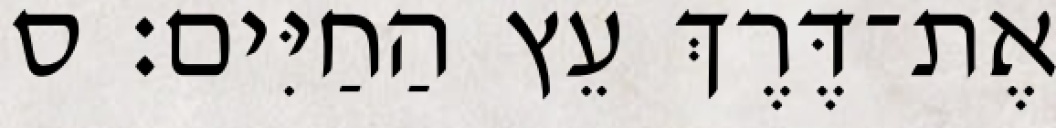
אֶת־דֶּרֶךְ עֵץ הַחַיִּים׃ ס